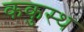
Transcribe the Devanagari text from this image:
ककुस्थ